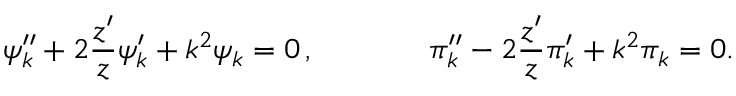
\psi _ { k } ^ { \prime \prime } + 2 \frac { z ^ { \prime } } { z } \psi _ { k } ^ { \prime } + k ^ { 2 } \psi _ { k } = 0 \, , ~ ~ ~ ~ ~ ~ ~ ~ ~ ~ ~ \pi _ { k } ^ { \prime \prime } - 2 \frac { z ^ { \prime } } { z } \pi _ { k } ^ { \prime } + k ^ { 2 } \pi _ { k } = 0 .